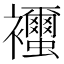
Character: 𧟐